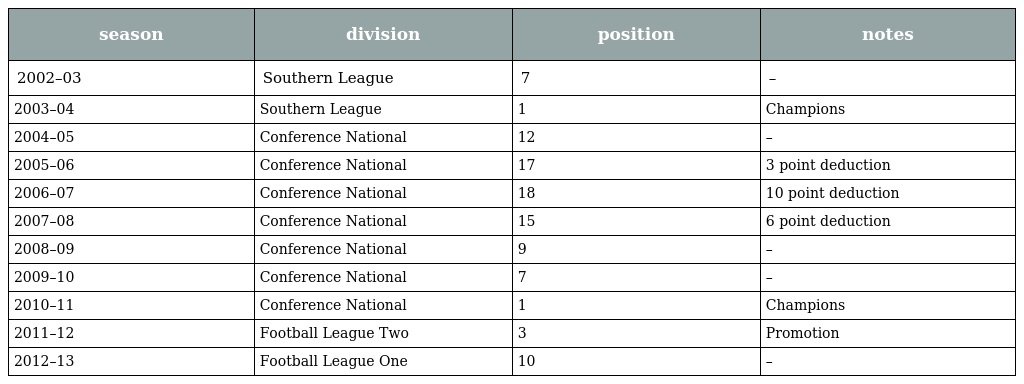
| season | division | position | notes |
 | --- | --- | --- | --- |
 | 2002–03 | Southern League | 7 | – |
 | 2003–04 | Southern League | 1 | Champions |
 | 2004–05 | Conference National | 12 | – |
 | 2005–06 | Conference National | 17 | 3 point deduction |
 | 2006–07 | Conference National | 18 | 10 point deduction |
 | 2007–08 | Conference National | 15 | 6 point deduction |
 | 2008–09 | Conference National | 9 | – |
 | 2009–10 | Conference National | 7 | – |
 | 2010–11 | Conference National | 1 | Champions |
 | 2011–12 | Football League Two | 3 | Promotion |
 | 2012–13 | Football League One | 10 | – |